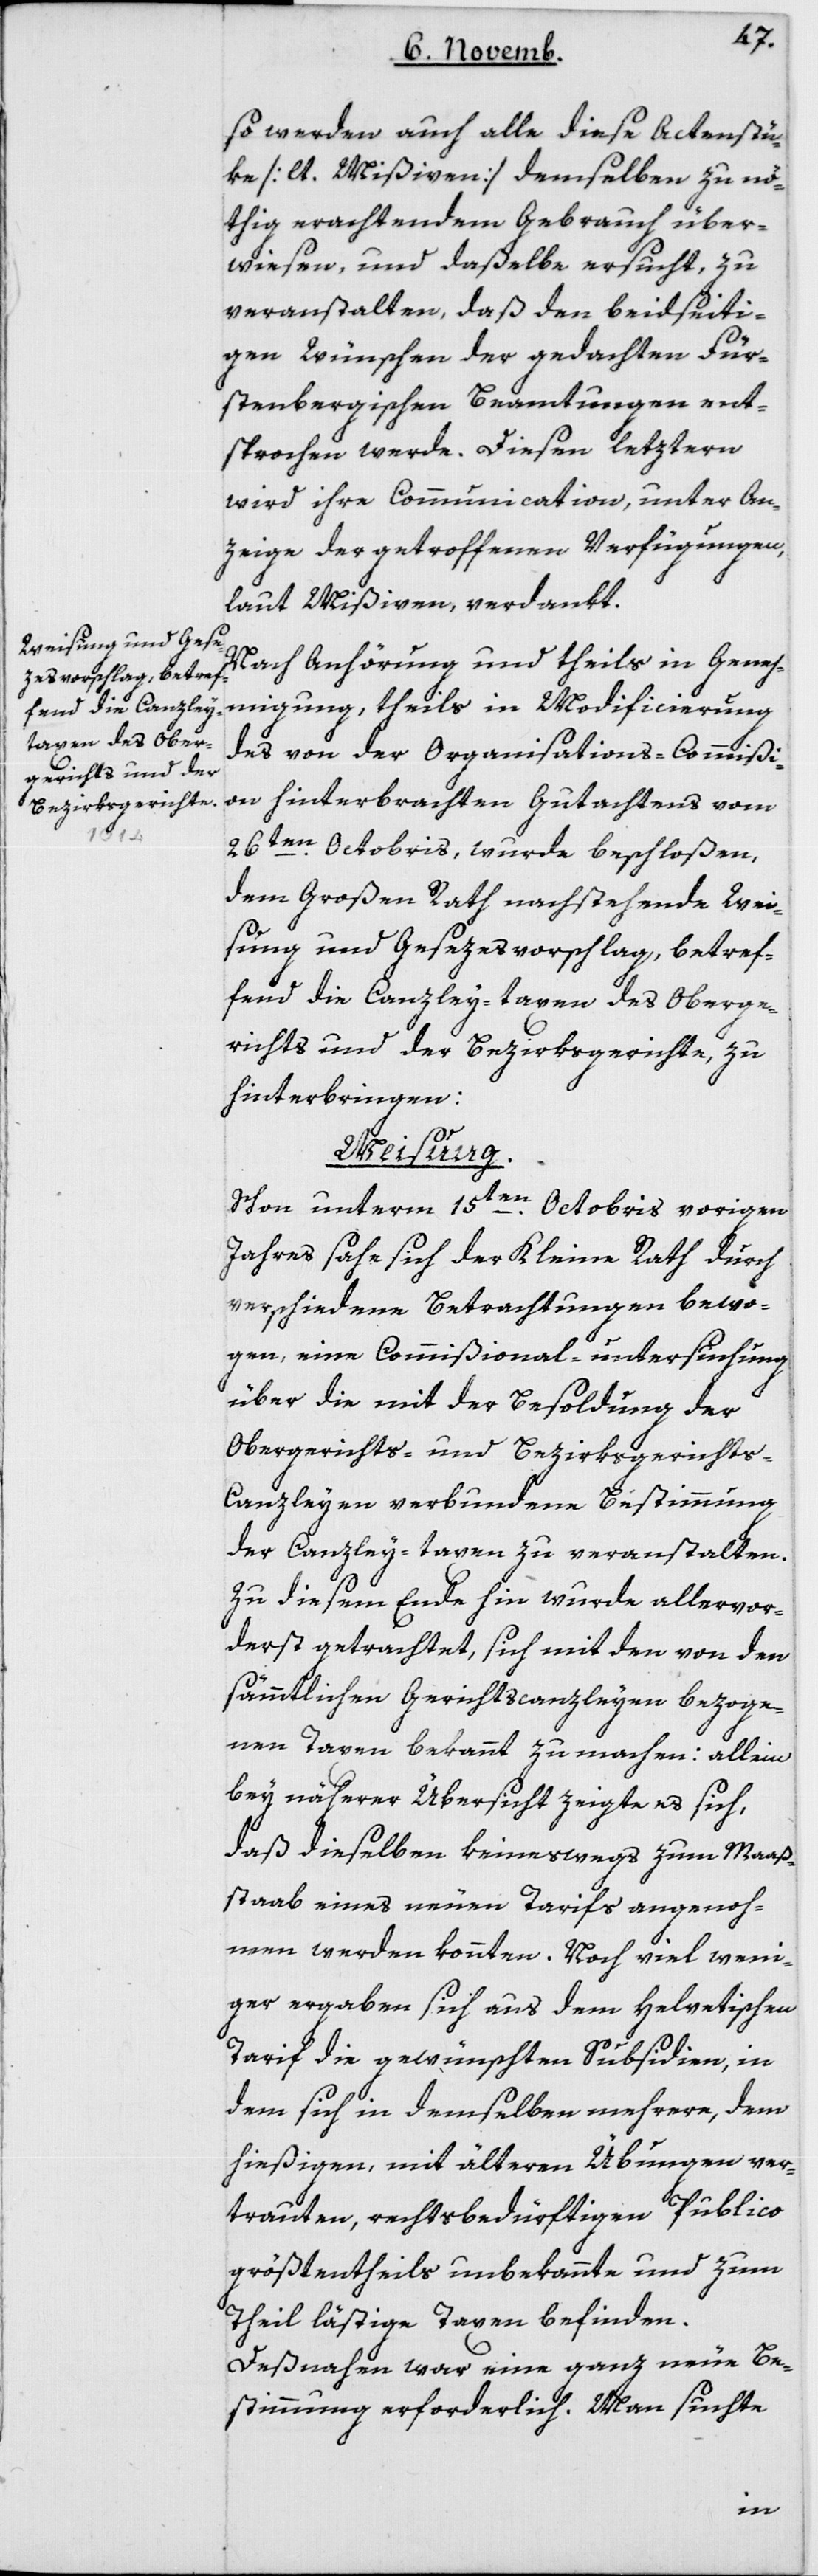
so werden auch alle diese Actenstü¬
ke [lt. Mißiven] demselben zu nö¬
thig erachtendem Gebrauch über¬
wiesen, und daßelbe ersucht, zu
veranstalten, daß den beidseiti¬
gen Wünschen der gedachten Für¬
stenbergischen Beamtungen ent¬
sprochen werde. Diesen letztern
wird ihre Communication, unter An¬
zeige der getroffenen Verfügungen,
laut Mißiven, verdankt.
Nach Anhörung und theils in Geneh¬
migung, theils in Modificierung
des von der Organisations-Commißi¬
on hinterbrachten Gutachtens vom
26ten Octobris, wurde beschloßen,
dem Großen Rath nachstehende Wei¬
sung und Gesezesvorschlag, betref¬
fend die Canzleytaxen des Oberge¬
richts und der Bezirksgerichte, zu
hinterbringen:
Weisung.
Schon unterm 15ten Octobris vorigen
Jahres sahe sich der Kleine Rath durch
verschiedene Betrachtungen bewo¬
gen, eine Commißional-untersuchung
über die mit der Besoldung der
Obergerichts- und Bezirksgerichts-C¬
anzleyen verbundene Bestimmung
der Canzley-taxen zu veranstalten.
Zu diesem Ende hin wurde allervor¬
derst getrachtet, sich mit den von den
sämmtlichen Gerichtscanzeyen bezoge¬
nen Taxen bekannt zu machen; allein
bey näherer Übersicht zeigte es sich,
daß dieselben keineswegs zum Maaß¬
staab eines neuen Tarifs angenom¬
men werden konnten. Noch viel weni¬
ger ergaben sich aus dem helvetischen
Tarif die gewünschten Subsidien, in
dem sich in demselben mehrere, dem
hießigen, mit älteren Übungen ver¬
trauten, rechtsbedürftigen Publico
größtentheils unbekannte und zum
Theil lästige Taxen befinden.
Desnahen war eine ganz neue Be¬
stimmung erforderlich. Man suchte